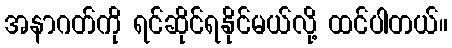
အနာဂတ်ကို ရင်ဆိုင်ရနိုင်မယ်လို့ ထင်ပါတယ်။